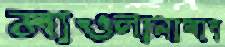
মাওলানাবাদ